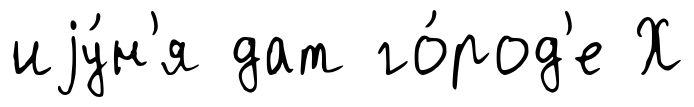
иjу́н'я дат го́род'е Х